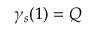
\gamma _ { s } ( 1 ) = Q